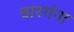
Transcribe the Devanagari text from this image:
वारगंना